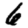
Digit: 6